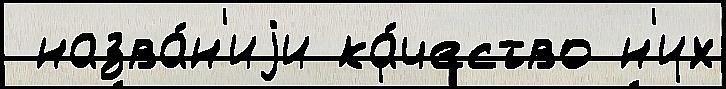
 назва́н'иjи ка́чество н'их